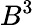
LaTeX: B^{3}